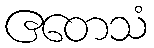
ဧတေသံ